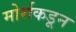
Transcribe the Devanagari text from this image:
मोर्सकडून